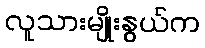
လူသားမျိုးနွယ်က